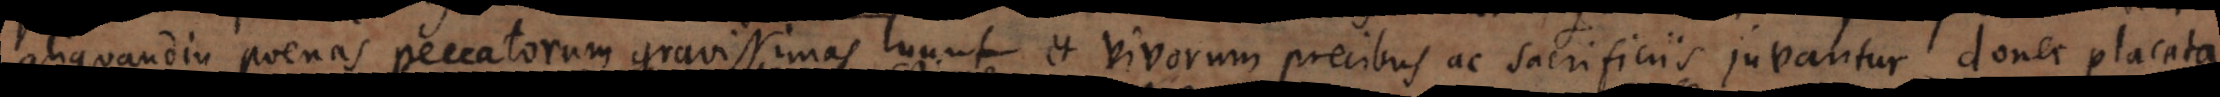
aliquandiu poenas peccatorum gravissimas luunt et vivorum precibus ac sacrificiis juvantur, donec placata